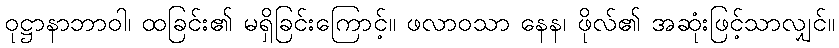
ဝုဋ္ဌာနာဘာဝါ၊ ထခြင်း၏ မရှိခြင်းကြောင့်။ ဖလာဝသာ နေန၊ ဖိုလ်၏ အဆုံးဖြင့်သာလျှင်။